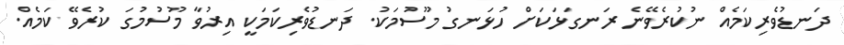
ދަނޑުވެރިކަމެއް ނުކުރެވޭނެ ރަނގަޅަކަށް ހުޅަނގު މޫސުމަކު. ދަނޑުވެރިކަމަކީ އިރުވާ މޫސުމުގަ ކުރެވޭ ކަމެއް.